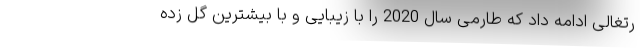
رتغالی ادامه داد که طارمی سال 2020 را با زیبایی و با بیشترین گل زده